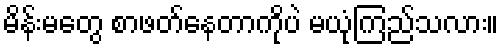
မိန်းမတွေ စာဖတ်နေတာကိုပဲ မယုံကြည်သလား။